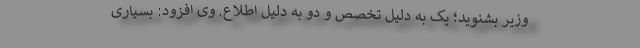
وزیر بشنوید؛ یک به دلیل تخصص و دو به دلیل اطلاع. وی افزود: بسیاری